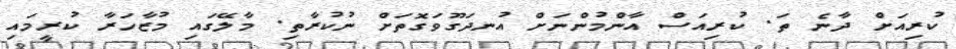
ކުރިއަށް ދާނެ ތަ. ކުރިއަސް އާންމުންނަށް އުނދަގޫވަގޮތަށް ނުކުރާތި. މާލޭގައި މުޒާހަރާ ކުރީމައި